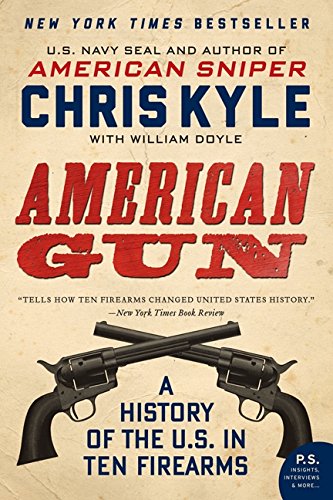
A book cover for American Gun: A History of the U.S. in Ten Firearms (P.S.); Chris Kyle; History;